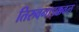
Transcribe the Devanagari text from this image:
तिरुवनाइक्कवल